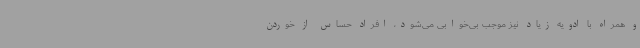
و همراه با ادویه زیاد نیز موجب بی‌خوابی می‌شود، افراد حساس از خوردن